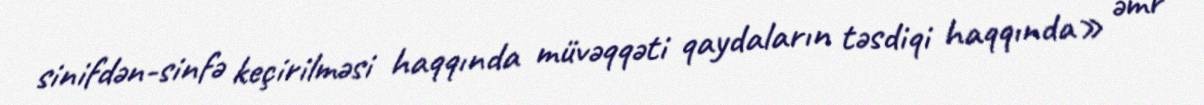
sinifdən-sinfə keçirilməsi haqqında müvəqqəti qaydaların təsdiqi haqqında» əmr